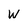
Character: W